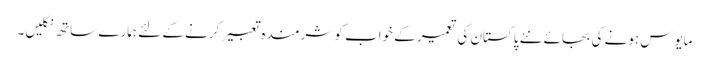
مایوس ہونے کی بجائے نئے پاکستان کی تعمیر کے خواب کو شرمندہ تعبیر کرنے کے لئے ہمارے ساتھ نکلیں۔